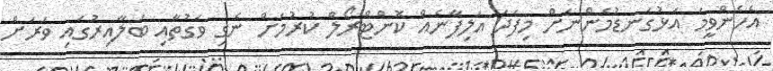
އެހެންވީމަ އަޅުގަނޑުމެންނަށް މިފަދަ އަލިފާނެއް ކޮންޓްރޯލް ކުރުމަށް ނެގި ވަގުތާއި ބަލާއިރުގައި ވަރަށް